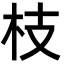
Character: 枝